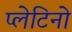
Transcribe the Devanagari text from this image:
प्लेटिनो